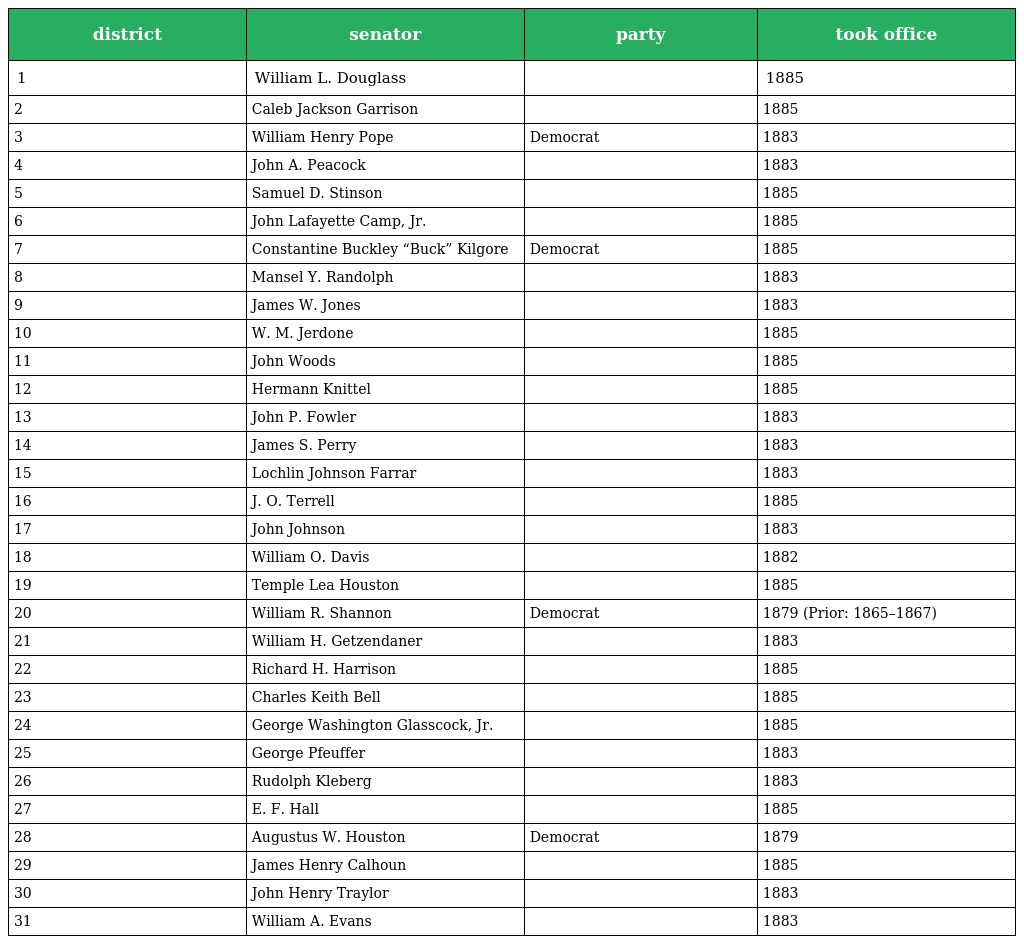
| district | senator | party | took office |
 | --- | --- | --- | --- |
 | 1 | William L. Douglass |  | 1885 |
 | 2 | Caleb Jackson Garrison |  | 1885 |
 | 3 | William Henry Pope | Democrat | 1883 |
 | 4 | John A. Peacock |  | 1883 |
 | 5 | Samuel D. Stinson |  | 1885 |
 | 6 | John Lafayette Camp, Jr. |  | 1885 |
 | 7 | Constantine Buckley “Buck” Kilgore | Democrat | 1885 |
 | 8 | Mansel Y. Randolph |  | 1883 |
 | 9 | James W. Jones |  | 1883 |
 | 10 | W. M. Jerdone |  | 1885 |
 | 11 | John Woods |  | 1885 |
 | 12 | Hermann Knittel |  | 1885 |
 | 13 | John P. Fowler |  | 1883 |
 | 14 | James S. Perry |  | 1883 |
 | 15 | Lochlin Johnson Farrar |  | 1883 |
 | 16 | J. O. Terrell |  | 1885 |
 | 17 | John Johnson |  | 1883 |
 | 18 | William O. Davis |  | 1882 |
 | 19 | Temple Lea Houston |  | 1885 |
 | 20 | William R. Shannon | Democrat | 1879 (Prior: 1865–1867) |
 | 21 | William H. Getzendaner |  | 1883 |
 | 22 | Richard H. Harrison |  | 1885 |
 | 23 | Charles Keith Bell |  | 1885 |
 | 24 | George Washington Glasscock, Jr. |  | 1885 |
 | 25 | George Pfeuffer |  | 1883 |
 | 26 | Rudolph Kleberg |  | 1883 |
 | 27 | E. F. Hall |  | 1885 |
 | 28 | Augustus W. Houston | Democrat | 1879 |
 | 29 | James Henry Calhoun |  | 1885 |
 | 30 | John Henry Traylor |  | 1883 |
 | 31 | William A. Evans |  | 1883 |